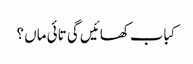
کباب کھائیں گی تائی ماں ؟